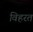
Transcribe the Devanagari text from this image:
विहरत